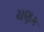
ચણક